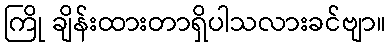
ကြို ချိန်းထားတာရှိပါသလားခင်ဗျာ။